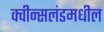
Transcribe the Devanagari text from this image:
क्वीन्सलंडमधील